Inquiry into the circumstances attending an outbreak of cholera in H. M.'s 18th Hussars at Secunderabad in the month of May
Year: 1871
Disease focus: Cholera
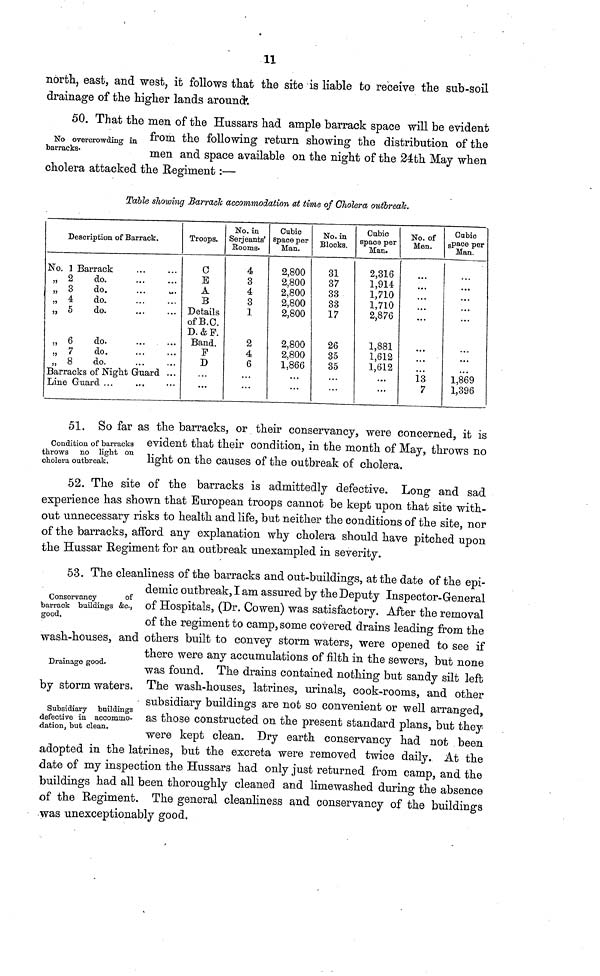
11
north, east, and west, it follows that the site is liable to receive the sub-soil
drainage of the higher lands around.
50. That the men of the Hussars had ample barrack space will be evident
NO overcrowding in from the following return showing the distribution of the
barracks.
men and space available on the night of the 24th May when
cholera attacked the Regiment :—
Table showing Barrack accommodation at time of Cholera outbreak.
Description of Barrack.
No. 1 Barrack
„ 2
do.
„ 3
do.
„ 4
do.
„ 5
do.
„ 6
do
„ 7
do
„ 8
do
Barracks of Night Guard ...
Line Guard ...
Troops.
C
E
A
B
Details
of B.C.
D.&F.
Band.
F
D
...
No. in
Serjeants'
Rooms.
4
3
4
3
1
2
4
6
...
...
Cubic
space per
Man.
2,800
2,800
2,800
2,800
2,800
2,800
2,800
1,860
...
...
No. in
Blocks.
31
37
33
33
17
26
35
35
...
...
Cubic
space per
Man.
2,316
1,914
1,710
1,710
2,876
1,881
1,612
1,612
...
...
No. of
Men.
...
...
...
13
7
Cubic
space per
Man.
...
...
...
1,869
1,396
Condition of barracks
throws no light on
cholera outbreak.
51. So far as the barracks, or their conservancy, were concerned, it is
evident that their condition, in the month of May, throws no
light on the causes of the outbreak of cholera.
52. The site of the barracks is admittedly defective. Long and sad
experience has shown that European troops cannot be kept upon that site with-
out unnecessary risks to health and life, but neither the conditions of the site, nor
of the barracks, afford any explanation why cholera should have pitched upon
the Hussar Regiment for an outbreak unexampled in severity.
Conservancy
of
barrack buildings &c.,
good.
Drainage good.
Subsidiary buildings
defective in accommo-
dation, but clean.
53. The cleanliness of the barracks and out-buildings, at the date of the epi-
demic outbreak, I am assured by the Deputy Inspector-General
of Hospitals, (Dr. Cowen) was satisfactory. After the removal
of the regiment to camp, some covered drains leading from the
wash-houses, and others built to convey storm waters, were opened to see if
there were any accumulations of filth in the sewers, but none
was found. The drains contained nothing but sandy silt left
by storm waters. The wash-houses, latrines, urinals, cook-rooms, and other
subsidiary buildings are not so convenient or well arranged,
as those constructed on the present standard plans, but they
were kept clean. Dry earth conservancy had not been
adopted in the latrines, but the excreta were removed twice daily. At the
date of my inspection the Hussars had only just returned from camp, and the
buildings had all been thoroughly cleaned and limewashed during the absence
of the Regiment. The general cleanliness and conservancy of the buildings
was unexceptionably good.